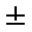
\pm